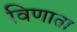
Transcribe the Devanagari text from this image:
विणाता